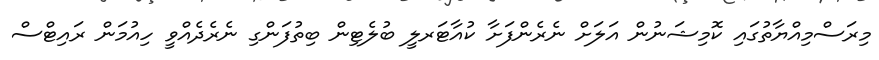
މިރަސްމިއްޔާތުގައި ކޮމިޝަނުން އަލަށް ނެރެންފަށާ ކުއާޓަރލީ ބުލެޓިން ބިތުފަންގި ނެރެދެއްވީ ހިއުމަން ރައިޓްސް